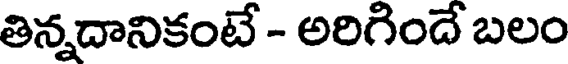
తిన్నదానికంటే - అరిగిందే బలం